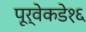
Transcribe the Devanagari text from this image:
पूर्वेकडे१६